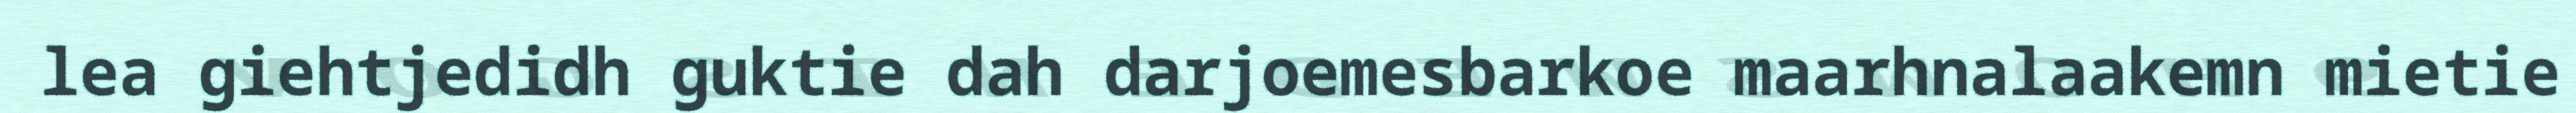
lea giehtjedidh guktie dah darjoemesbarkoe maarhnalaakemn mietie